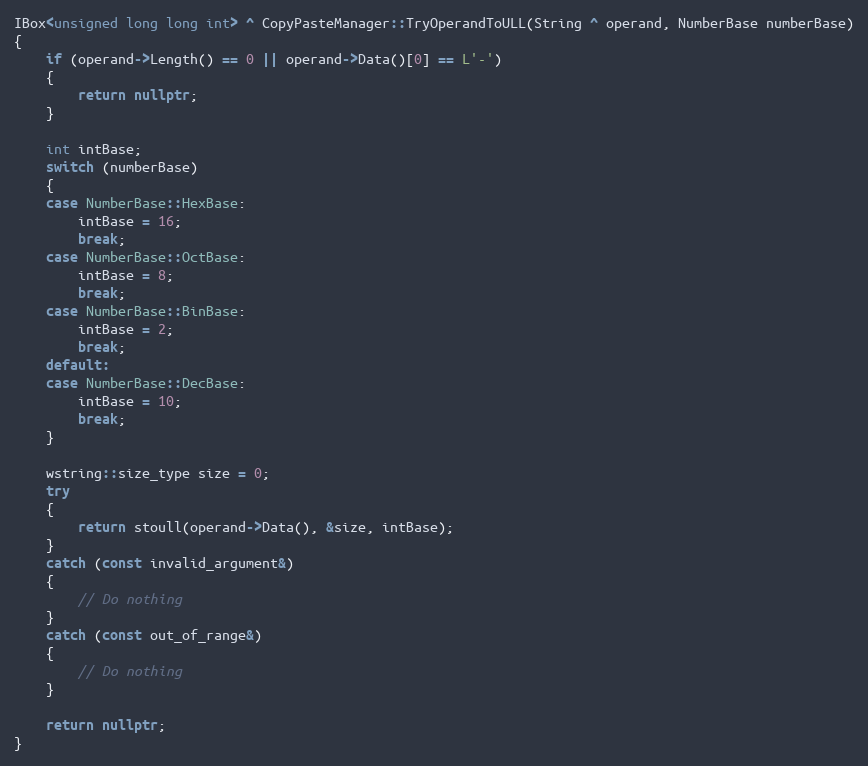
Language: C++
IBox<unsigned long long int> ^ CopyPasteManager::TryOperandToULL(String ^ operand, NumberBase numberBase)
{
    if (operand->Length() == 0 || operand->Data()[0] == L'-')
    {
        return nullptr;
    }

    int intBase;
    switch (numberBase)
    {
    case NumberBase::HexBase:
        intBase = 16;
        break;
    case NumberBase::OctBase:
        intBase = 8;
        break;
    case NumberBase::BinBase:
        intBase = 2;
        break;
    default:
    case NumberBase::DecBase:
        intBase = 10;
        break;
    }

    wstring::size_type size = 0;
    try
    {
        return stoull(operand->Data(), &size, intBase);
    }
    catch (const invalid_argument&)
    {
        // Do nothing
    }
    catch (const out_of_range&)
    {
        // Do nothing
    }

    return nullptr;
}